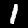
Digit: 1